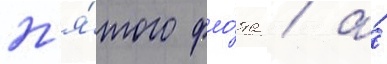
п'я́того фло́та / а́